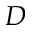
D